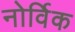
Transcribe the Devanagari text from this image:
नोर्विक